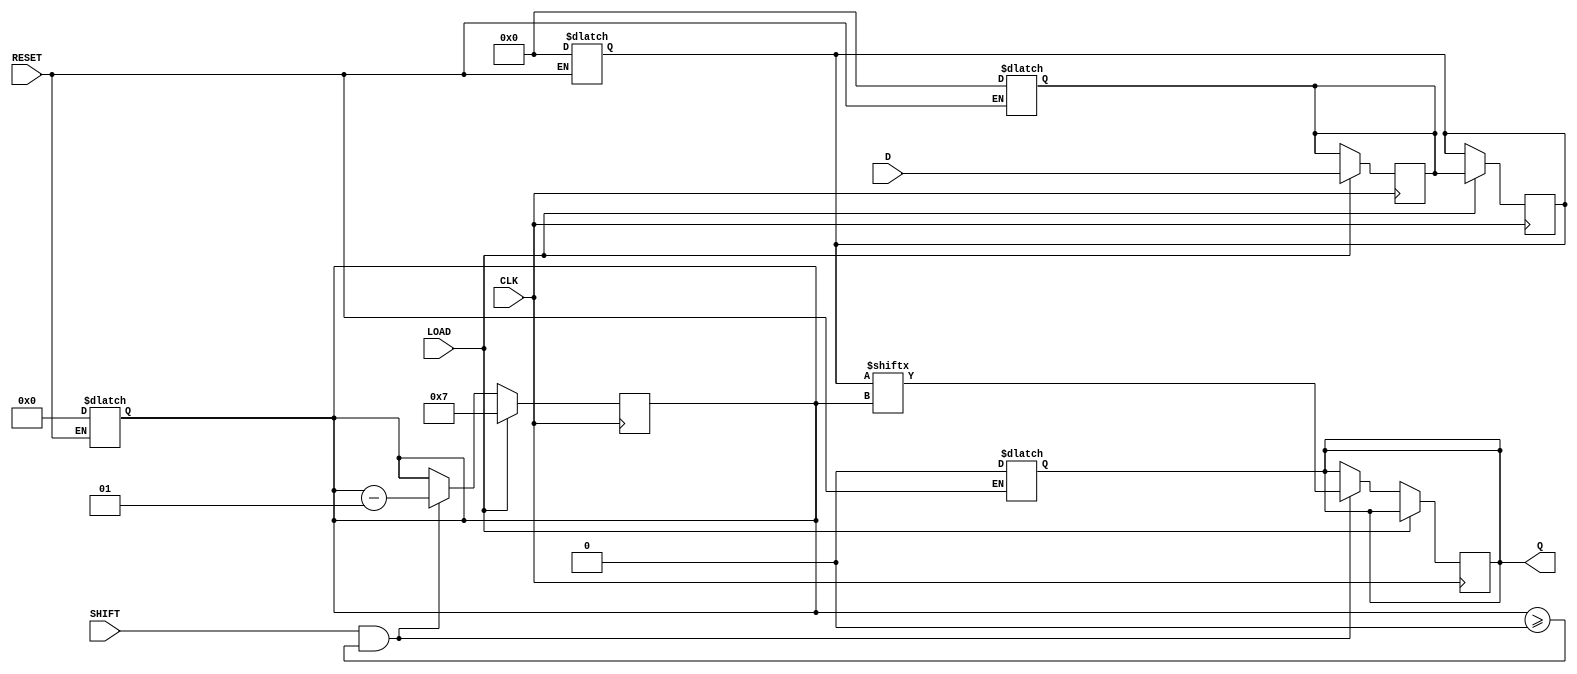
module PISO_Register #(
    parameter WIDTH = 8  // Define the width of the parallel data input
)(
    input wire [WIDTH-1:0] D,      // Parallel Data Input
    input wire LOAD,                // Load Signal
    input wire SHIFT,               // Shift Signal
    input wire CLK,                 // Clock Signal
    input wire RESET,               // Reset Signal
    output reg Q                   // Serial Output
);

    // Internal registers for the two stages
    reg [WIDTH-1:0] input_reg;   // Input Register (Stage 1)
    reg [WIDTH-1:0] output_reg;  // Output Register (Stage 2)
    integer bit_counter;          // To keep track of the bits shifted out

    // Asynchronous reset
    always @* begin
        if (RESET) begin
            input_reg <= {WIDTH{1'b0}};   // Clear the input register
            output_reg <= {WIDTH{1'b0}};  // Clear the output register
            Q <= 1'b0;                    // Clear the serial output
            bit_counter <= 0;             // Reset bit counter
        end
    end

    // Input register loading on rising edge of CLK
    always @(posedge CLK) begin
        if (LOAD) begin
            input_reg <= D;              // Load parallel data into input register
            output_reg <= input_reg;     // Initialize output register with input data
            bit_counter <= WIDTH - 1;     // Start shifting from the MSB
        end
        else if (SHIFT && bit_counter >= 0) begin
            Q <= output_reg[bit_counter];  // Shift out the MSB of the output register
            bit_counter <= bit_counter - 1; // Decrement the counter to shift next bit
        end
    end

endmodule